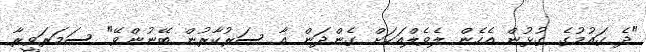
"ދެ ގައުމުގެ ގުޅުން އެހެން ލެވެލްއަކަށް ގެންދަން އާ ސަރުކާރުން ބޭނުންވޭ" ސަމަރަވީރާ